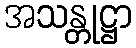
အသန္တုဋ္ဌာ